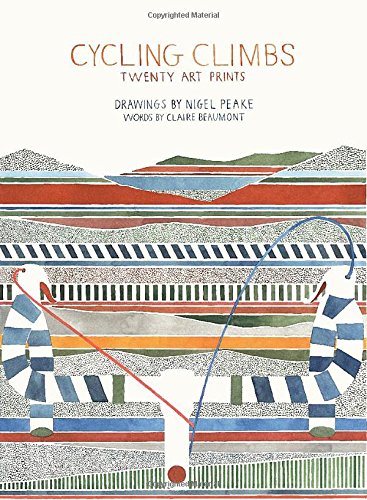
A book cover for Cycling Climbs: Twenty Art Prints; Claire Beaumont; Arts & Photography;